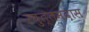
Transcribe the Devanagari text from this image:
रघुत्तमदास